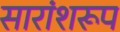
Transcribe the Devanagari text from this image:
सारांशरूप